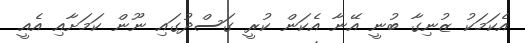
އެކަމަކު ޒުނިގާ ބުނީ އޭނާ އެކަން ކުރީ ގަސްދުގައި ނޫން ކަމަށާއި އެއީ